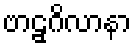
ဗာဠှဂိလာနာ